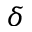
\delta